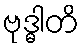
ဗုဒ္ဓါတိ